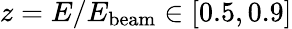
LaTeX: z=E/E_{\mathrm{beam}}\in[0.5,0.9]